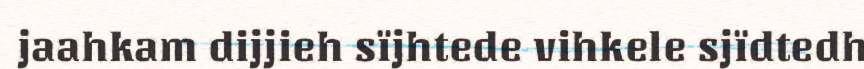
jaahkam dijjieh sïjhtede vihkele sjïdtedh